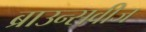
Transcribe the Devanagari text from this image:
ब्राउन्सवीज